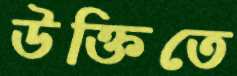
উক্তিতে